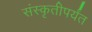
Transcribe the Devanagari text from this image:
संस्कृतीपर्यंत